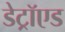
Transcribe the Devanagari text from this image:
डेट्रॉएड